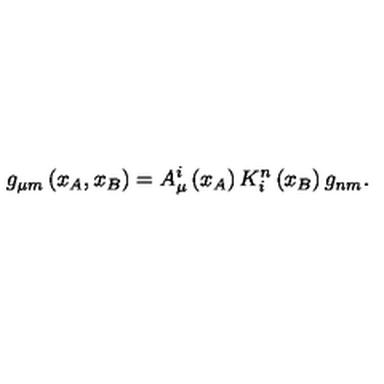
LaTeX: g _ { \mu m } \left( x _ { A } , x _ { B } \right) = A _ { \mu } ^ { i } \left( x _ { A } \right) K _ { i } ^ { n } \left( x _ { B } \right) g _ { n m } .